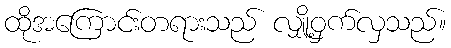
ထိုအကြောင်းတရားသည် လျှို့ဝှက်လှသည်။